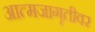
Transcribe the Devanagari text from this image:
आत्मजागृतीवर